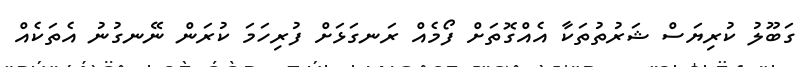
ގަބޫލު ކުރިޔަސް ޝަރުތުތަކާ އެއްގޮތަށް ފޯމެއް ރަނގަޅަށް ފުރިހަމަ ކުރަން ނޭނގުނު އެތަކެއް